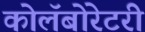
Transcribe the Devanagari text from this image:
कोलॅबोरेटरी